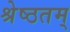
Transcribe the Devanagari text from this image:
श्रेष्ठतम्